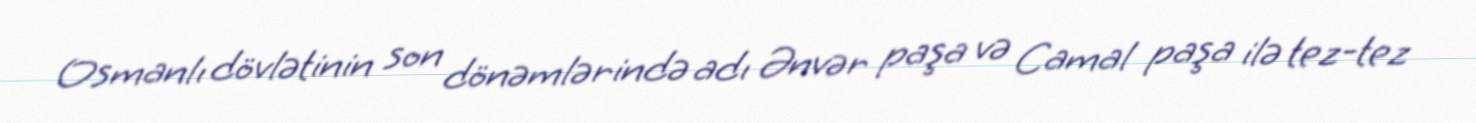
Osmanlı dövlətinin son dönəmlərində adı Ənvər paşa və Camal paşa ilə tez-tez